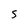
Character: 5